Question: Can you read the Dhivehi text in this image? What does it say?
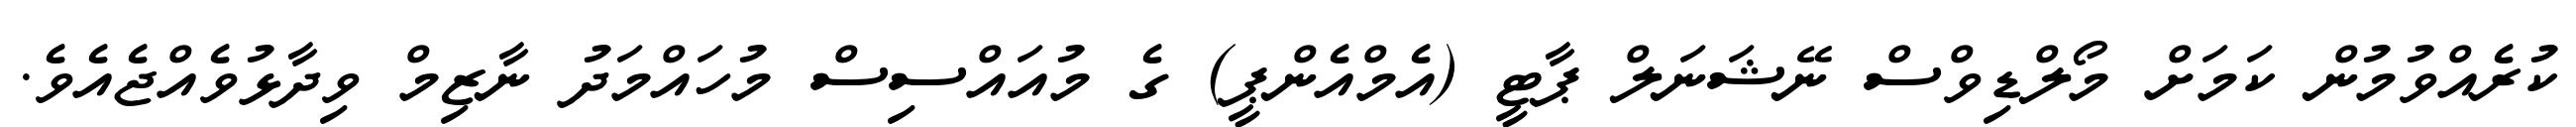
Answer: ކުރެއްވުމުން ކަމަށް މޯލްޑިވްސް ނޭޝަނަލް ޕާޓީ (އެމްއެންޕީ) ގެ މުއައްސިސް މުހައްމަދު ނާޒިމް ވިދާޅުވެއްޖެއެވެ.